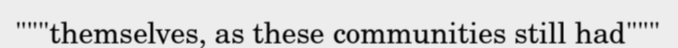
"""themselves, as these communities still had"""